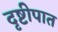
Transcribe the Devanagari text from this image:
दृष्टीपात